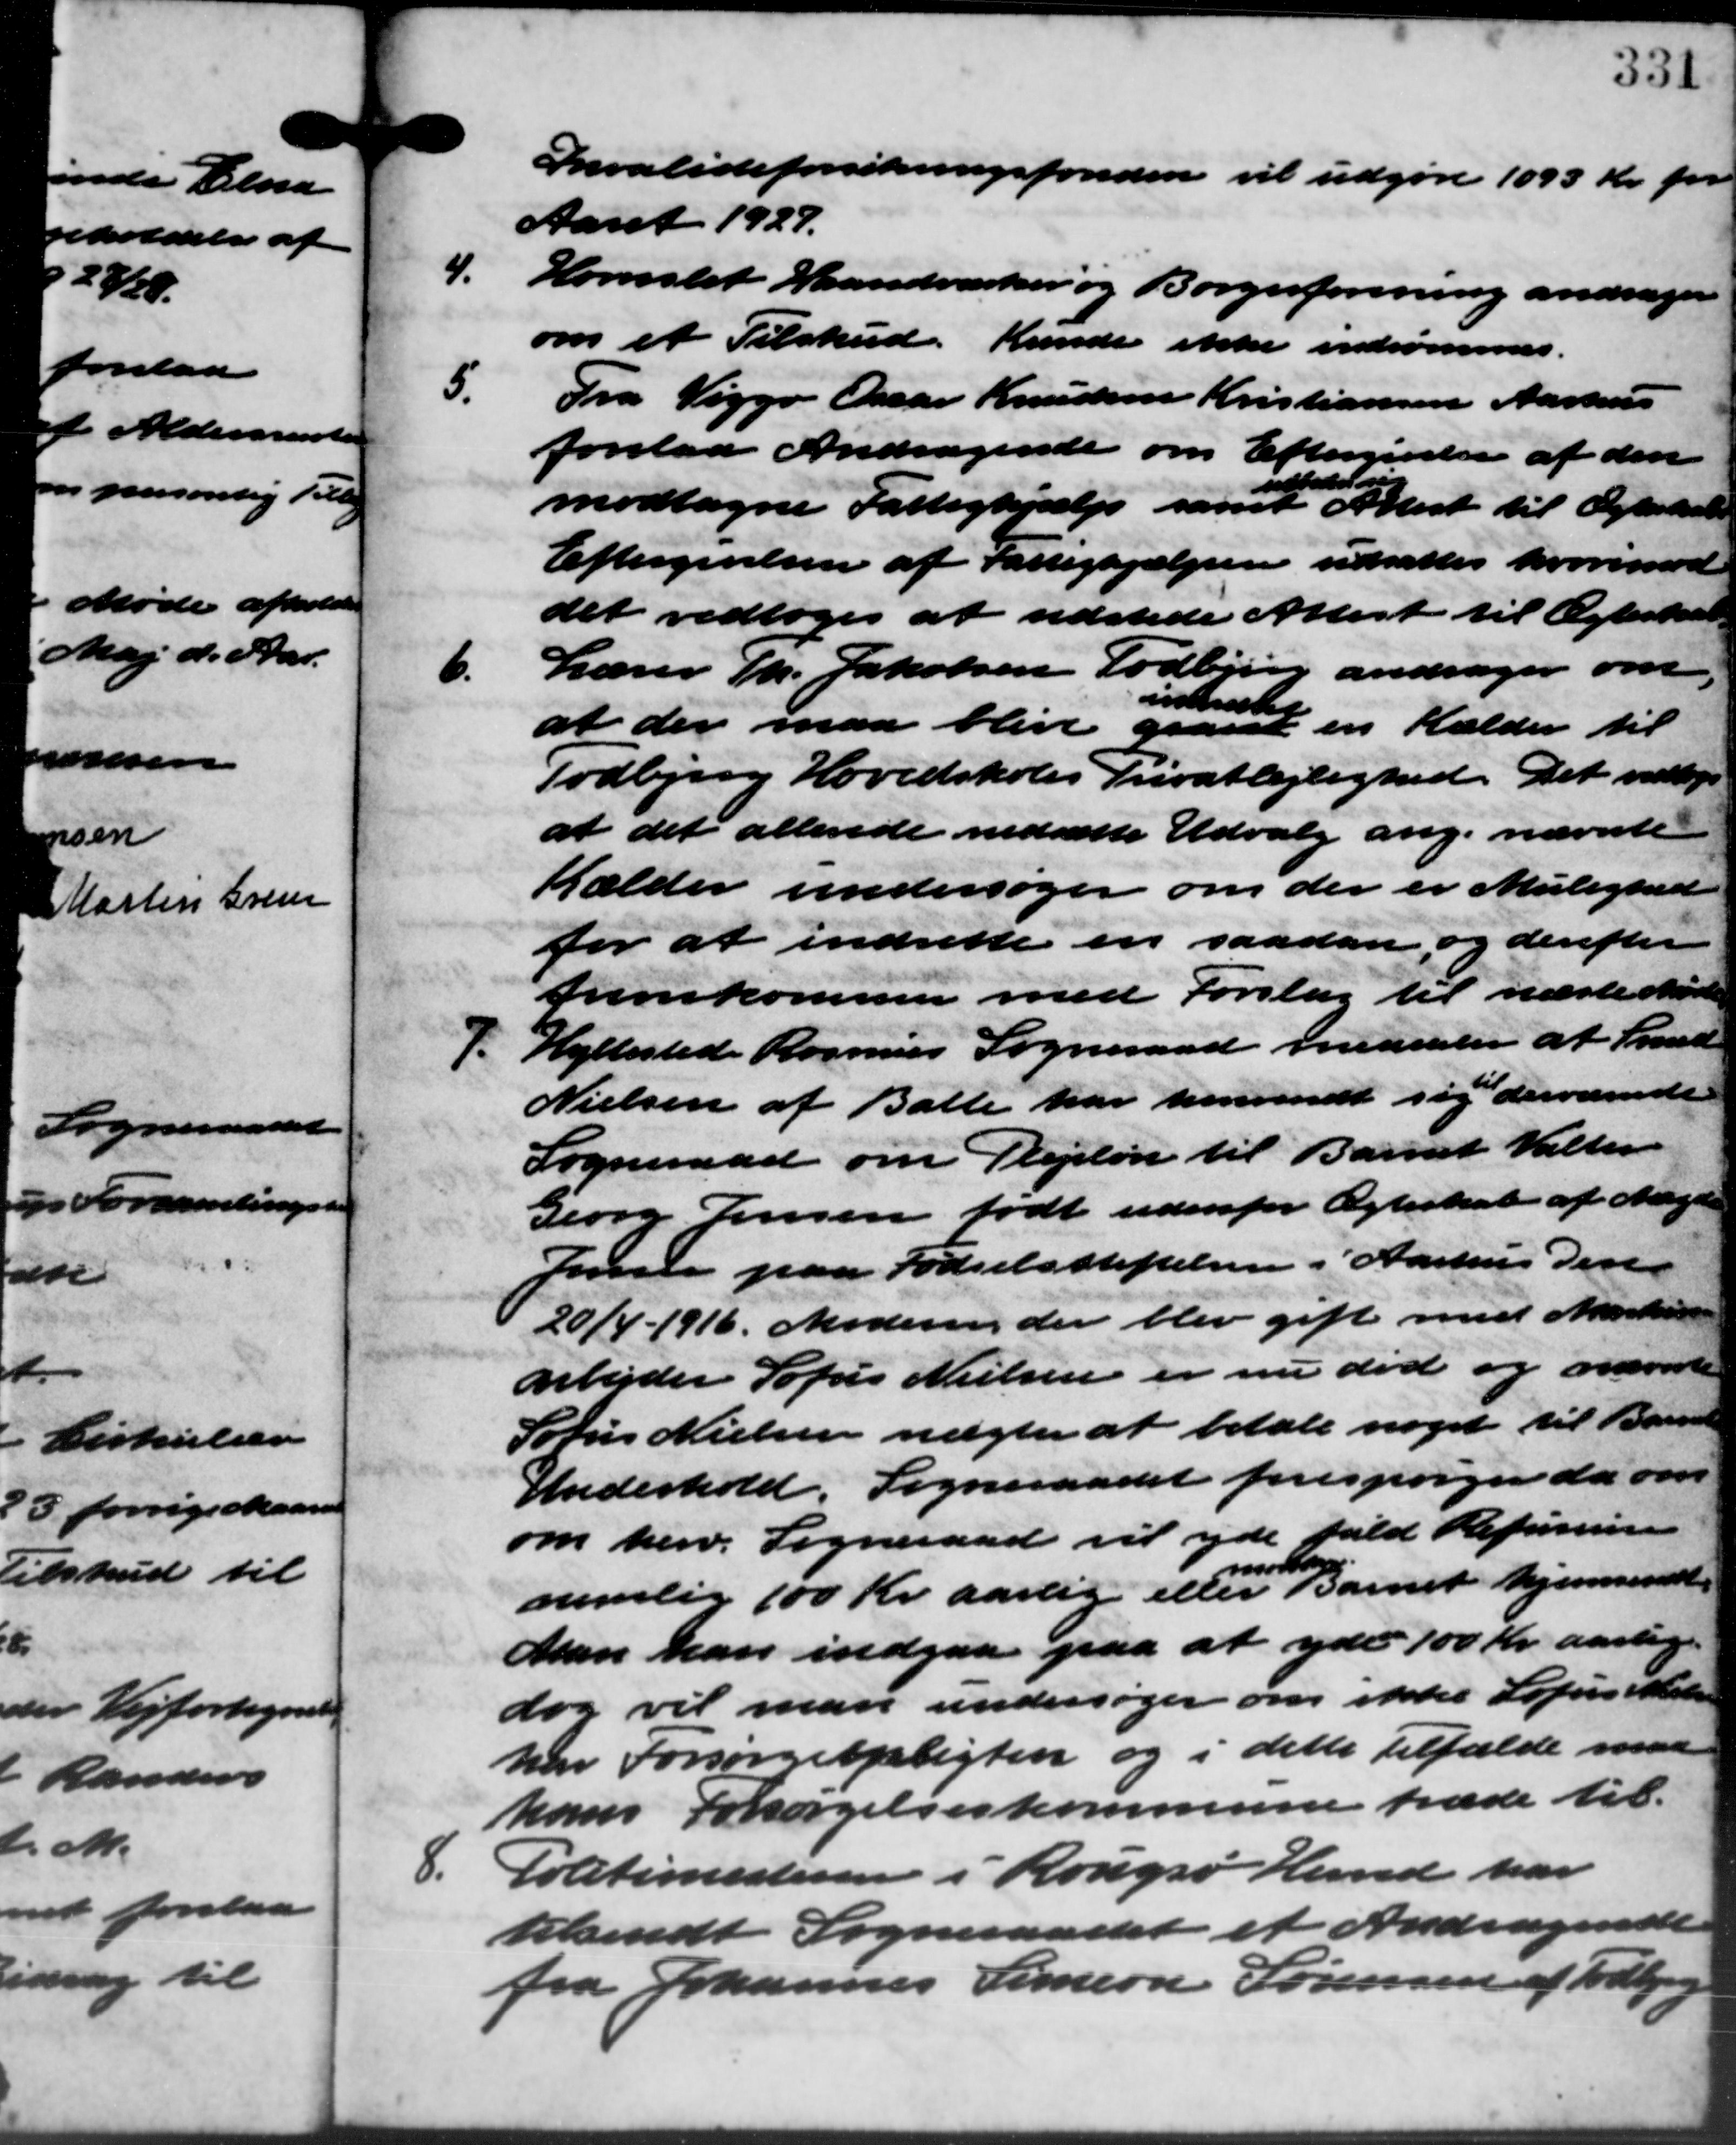
Transskription:
Invalideforsikringsfonden vil udgøre 1095 Kr. for
Aaret 1927.
4.
Hornslet Haandværker og Borgesforening andrager
om et Tilskud. Kunde ikke indrømmes.
5.
Fra Viggo Omar Knudsen Kristiansen Aarhus
forelaa Andragende om Eftergivelse af den
elder
modtagne Fattighjælp samt Attest til Ægteskole
Eftergivelsen af Fattighjælpen udsattes hvorimod
det vedtoges at udstede Attest til Ægteskat
6.
Lærer Th. Jakobsen Todbjerg andrager om
indelig en Kælder til
at der maa blive gaae
Todbjerg Hovedskoles Privatlejlighed. Det vedtoges
at det allerede nedsætte Udvalg ang. nævnte
Kælder undersøger om der er mulighed
for at indrette en saadan og derefter
fremkommen med Forslag til næste Møde
J. Hellested Rasmus Sogneraad meddeler at med
J. Hellested Rasmus Sogneraad meddeler at med
Nielsen af Balle har henvendt sig derværende
Sogneraad om Plejeløn til Barnet Valter
Georg Jensen født udenfor Ægteskab af Magde
Jensen paa Fødselsstiftelsen i Aarhus den
20/4 - 1916. Modering der blev gift med Martin
Arbejder Sofus Nielsen er nu død og nævnte
Sørus Nielsen nægter at betale noget til Barne
Underhold. Sogneraadet forespørger da om
om herv. Sogneraad vil yde fuld Refusion
møde
nemlig 100 Kr. aarlig eller Barnet hjemsendt.
Man kan indgaa paa at yde 100 Kr. aarlig
dog vil man undersøger om ikke Sofussister
har forsørgelseligten og i dette tilfælde maa
hans Forsørgelseskommune træde til
8.
Politimesteren i Rougsø Herred har
tilsendt Sogneraadet et Andragende
fra Johannes Simon Sørensen af Todbjerg